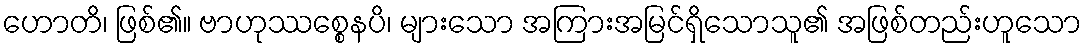
ဟောတိ၊ ဖြစ်၏။ ဗာဟုဿစ္စေနပိ၊ များသော အကြားအမြင်ရှိသောသူ၏ အဖြစ်တည်းဟူသော